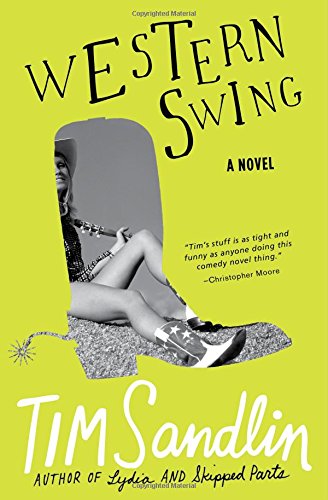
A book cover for Western Swing: A Novel; Tim Sandlin; Literature & Fiction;